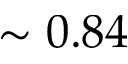
\sim 0 . 8 4